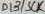
Text: D13/SCK